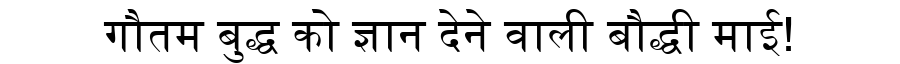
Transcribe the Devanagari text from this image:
गौतम बुद्ध को ज्ञान देने वाली बौद्धी माई!